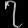
Digit: ၇